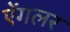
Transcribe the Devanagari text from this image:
ऐंगलर